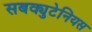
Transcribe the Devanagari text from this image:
सबक्युटेनियस